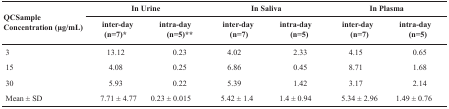
| <ROWSPAN=2> QCSample Concentration (μg/mL) | <COLSPAN=2> In Urine | <COLSPAN=2> In Saliva | <COLSPAN=2> In Plasma |
 | inter-day (n=7)* | intra-day (n=5)** | inter-day (n=7)* | intra-day (n=5) | inter-day (n=7)* | intra-day (n=5) |
 | --- | --- | --- | --- | --- | --- | --- |
 | 3 | 13.12 | 0.23 | 4.02 | 2.33 | 4.15 | 0.65 |
 | 15 | 4.08 | 0.25 | 6.86 | 0.45 | 8.71 | 1.68 |
 | 30 | 5.93 | 0.22 | 5.39 | 1.42 | 3.17 | 2.14 |
 | Mean±SD | 7.71 ± 4.77 | 0.23 ± 0.015 | 5.42 ± 1.4 | 1.4 ± 0.94 | 5.34 ± 2.96 | 1.49 ± 0.76 |